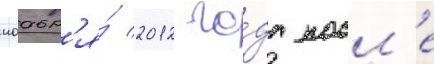
ноабр'я́ 2012 го́да посл'е